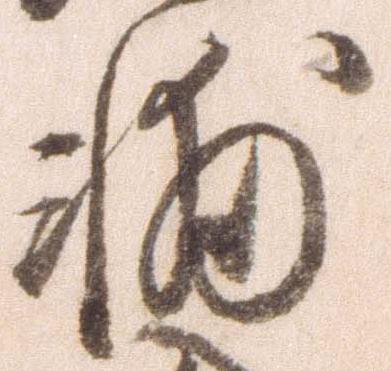
輔